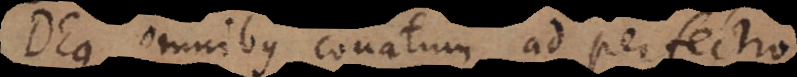
Deus omnibus conatum ad perfectio